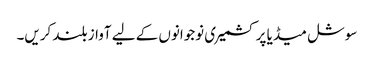
سوشل میڈیا پر کشمیری نوجوانوں کے لیے آواز بلند کریں۔